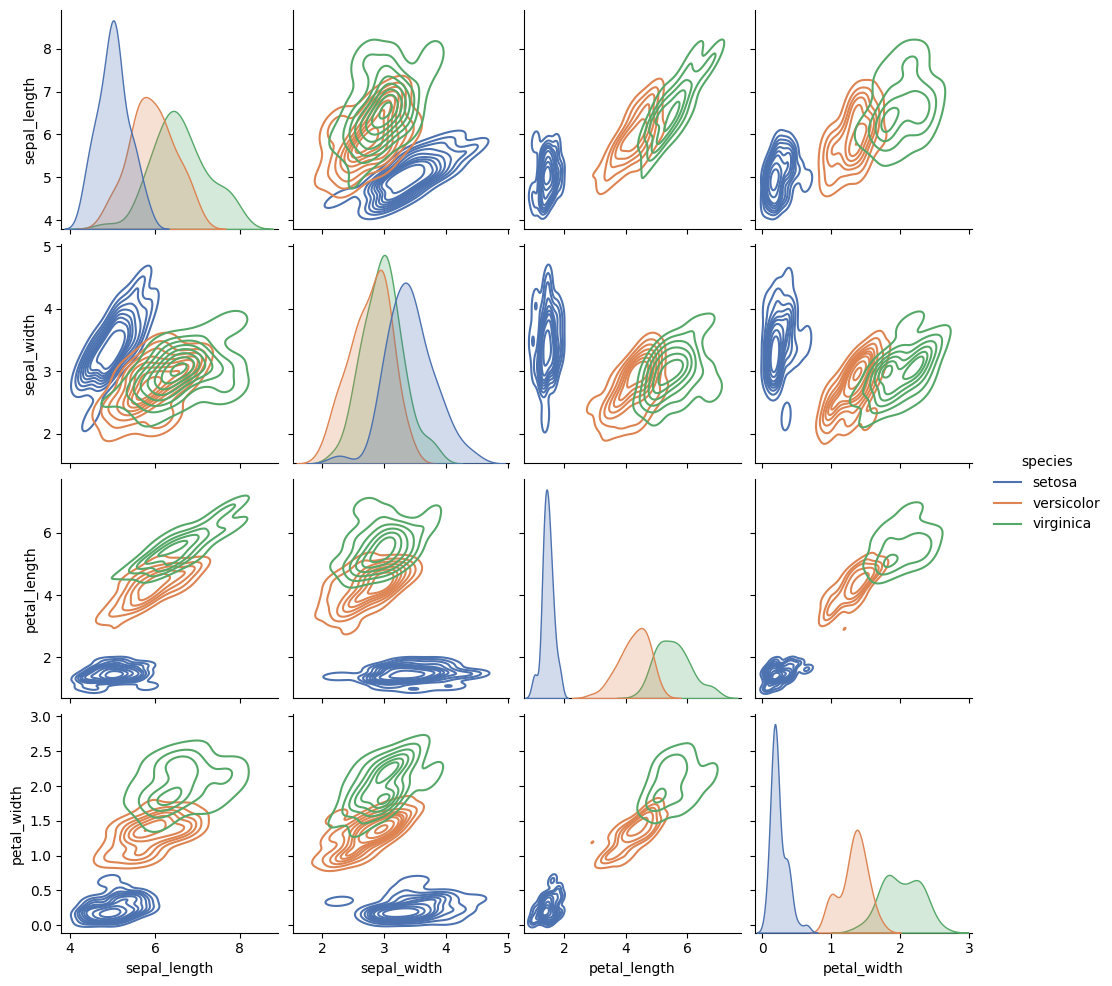
python, seaborn, pairplot, palette='deep', markers=['o'], kind='kde', diag_kind='kde'